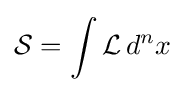
{\mathcal {S}}=\int {\mathcal {L}}\,d^{n}x